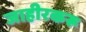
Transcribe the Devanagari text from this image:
जाहीरकरू